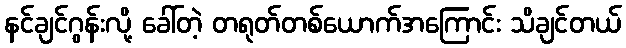
နင်ချင်ဂွန်းလို့ ခေါ်တဲ့ တရုတ်တစ်ယောက်အကြောင်း သိချင်တယ်